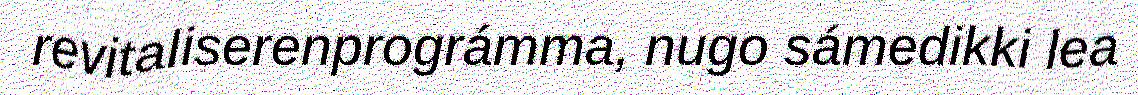
revitaliserenprográmma, nugo sámedikki lea